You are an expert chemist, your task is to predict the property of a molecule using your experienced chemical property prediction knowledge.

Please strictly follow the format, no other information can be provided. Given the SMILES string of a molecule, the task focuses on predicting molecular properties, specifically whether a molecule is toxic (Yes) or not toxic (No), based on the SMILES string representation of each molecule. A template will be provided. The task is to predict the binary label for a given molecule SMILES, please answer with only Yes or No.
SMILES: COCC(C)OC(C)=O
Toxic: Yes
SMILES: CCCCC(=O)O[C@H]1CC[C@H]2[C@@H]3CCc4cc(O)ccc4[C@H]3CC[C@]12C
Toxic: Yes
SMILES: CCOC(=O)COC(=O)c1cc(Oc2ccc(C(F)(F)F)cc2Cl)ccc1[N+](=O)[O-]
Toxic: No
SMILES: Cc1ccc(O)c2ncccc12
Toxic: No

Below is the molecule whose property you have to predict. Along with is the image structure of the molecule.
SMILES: C[Si](C)(CCCN)O[Si](C)(C)CCCN
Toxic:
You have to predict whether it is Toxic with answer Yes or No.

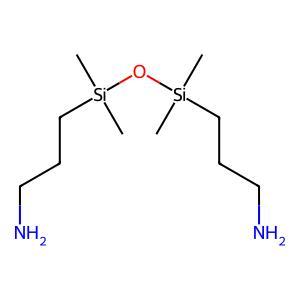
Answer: No